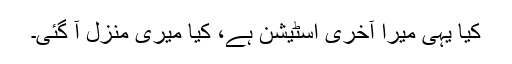
کیا یہی میرا آخری اسٹیشن ہے، کیا میری منزل آ گئی۔